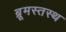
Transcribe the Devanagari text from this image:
ब्रूमस्तस्थ